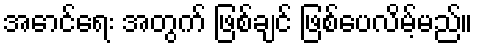
အောင်ရေး အတွက် ဖြစ်ချင် ဖြစ်ပေလိမ့်မည်။